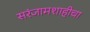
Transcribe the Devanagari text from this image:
सरंजामशाहीचा